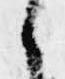
々